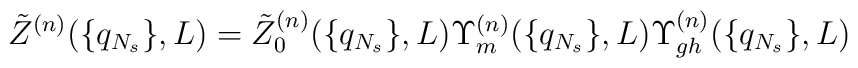
\tilde Z^{(n)}(\{q_{N_s}\},L)=\tilde Z_{0}^{(n)}(\{q_{N_s}\},L)\Upsilon_m^{(n)}(\{q_{N_s}\},L)\Upsilon_{gh}^{(n)}(\{q_{N_s}\},L)